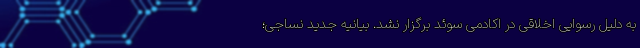
به دلیل رسوایی اخلاقی در اکادمی سوئد برگزار نشد. بیانیه جدید نساجی؛